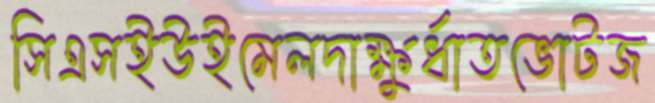
সিএসইউইমেলদাক্ষুর্ধাতভোটজ